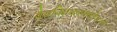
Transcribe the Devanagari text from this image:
वैयक्तिकस्पष्टीकरण